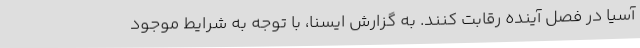
آسیا در فصل آینده رقابت کنند. به گزارش ایسنا، با توجه به شرایط موجود